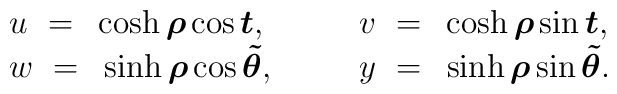
\begin{array}{ll}u~=~\cosh\mbox{\boldmath $\rho$}\cos\mbox{\boldmath $t$},~~~~~&v~=~\cosh\mbox{\boldmath $\rho$}\sin\mbox{\boldmath $t$},\\w~=~\sinh\mbox{\boldmath $\rho$}\cos\mbox{\boldmath $\tilde{\theta}$},~~~~~&y~=~\sinh\mbox{\boldmath $\rho$}\sin\mbox{\boldmath $\tilde{\theta}$}.\end{array}